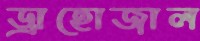
ড্রাহোজাল